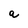
Character: a